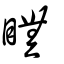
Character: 瞴